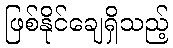
ဖြစ်နိုင်ချေရှိသည့်